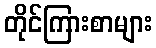
တိုင်ကြားစာများ